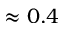
\approx 0 . 4